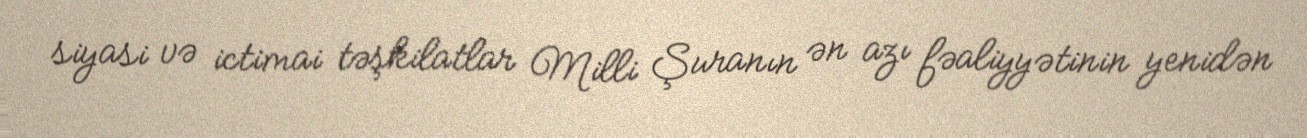
siyasi və ictimai təşkilatlar Milli Şuranın ən azı fəaliyyətinin yenidən